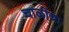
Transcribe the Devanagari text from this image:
चाळींचा